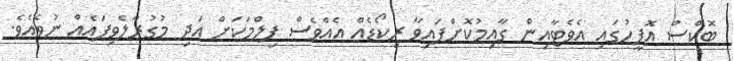
ބޮކްސް އޮފީހުގައި އެވެޓާއިން ގާއިމުކޮށްފައިވާ ރިކޯޑެއް އެއްވެސް ފިލްމަކަށް އަދި މުގުރާލެވިފައެއް ނުވެއެވެ.